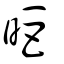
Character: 昛